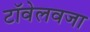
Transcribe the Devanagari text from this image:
टॉवेलवजा